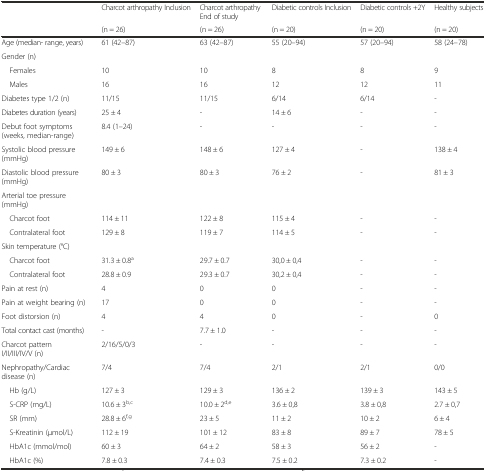
<table><thead><tr><td rowspan="2"></td><td><b>Charcot arthropathy Inclusion</b></td><td><b>Charcot arthropathy End of study</b></td><td><b>Diabetic controls Inclusion</b></td><td><b>Diabetic controls +2Y</b></td><td><b>Healthy subjects</b></td></tr><tr><td><b>(n = 26)</b></td><td><b>(n = 26)</b></td><td><b>(n = 20)</b></td><td><b>(n = 20)</b></td><td><b>(n = 20)</b></td></tr></thead><tbody><tr><td>Age (median- range, years)</td><td>61 (42–87)</td><td>63 (42–87)</td><td>55 (20–94)</td><td>57 (20–94)</td><td>58 (24–78)</td></tr><tr><td>Gender (n)</td><td></td><td></td><td></td><td></td><td></td></tr><tr><td> Females</td><td>10</td><td>10</td><td>8</td><td>8</td><td>9</td></tr><tr><td> Males</td><td>16</td><td>16</td><td>12</td><td>12</td><td>11</td></tr><tr><td>Diabetes type 1/2 (n)</td><td>11/15</td><td>11/15</td><td>6/14</td><td>6/14</td><td>-</td></tr><tr><td>Diabetes duration (years)</td><td>25 ± 4</td><td>-</td><td>14 ± 6</td><td>-</td><td>-</td></tr><tr><td>Debut foot symptoms (weeks, median-range)</td><td>8.4 (1–24)</td><td>-</td><td>-</td><td>-</td><td>-</td></tr><tr><td>Systolic blood pressure (mmHg)</td><td>149 ± 6</td><td>148 ± 6</td><td>127 ± 4</td><td>-</td><td>138 ± 4</td></tr><tr><td>Diastolic blood pressure (mmHg)</td><td>80 ± 3</td><td>80 ± 3</td><td>76 ± 2</td><td>-</td><td>81 ± 3</td></tr><tr><td>Arterial toe pressure (mmHg)</td><td></td><td></td><td></td><td></td><td></td></tr><tr><td> Charcot foot</td><td>114 ± 11</td><td>122 ± 8</td><td>115 ± 4</td><td>-</td><td>-</td></tr><tr><td> Contralateral foot</td><td>129 ± 8</td><td>119 ± 7</td><td>114 ± 5</td><td>-</td><td>-</td></tr><tr><td>Skin temperature (°C)</td><td></td><td></td><td></td><td></td><td></td></tr><tr><td> Charcot foot</td><td>31.3 ± 0.8<sup>a</sup></td><td>29.7 ± 0.7</td><td>30,0 ± 0,4</td><td>-</td><td>-</td></tr><tr><td> Contralateral foot</td><td>28.8 ± 0.9</td><td>29.3 ± 0.7</td><td>30,2 ± 0,4</td><td>-</td><td>-</td></tr><tr><td>Pain at rest (n)</td><td>4</td><td>0</td><td>0</td><td>-</td><td>-</td></tr><tr><td>Pain at weight bearing (n)</td><td>17</td><td>0</td><td>0</td><td>-</td><td>-</td></tr><tr><td>Foot distorsion (n)</td><td>4</td><td>4</td><td>0</td><td>-</td><td>0</td></tr><tr><td>Total contact cast (months)</td><td>-</td><td>7.7 ± 1.0</td><td>-</td><td>-</td><td>-</td></tr><tr><td>Charcot pattern I/II/III/IV/V (n)</td><td>2/16/5/0/3</td><td>-</td><td>-</td><td>-</td><td>-</td></tr><tr><td>Nephropathy/Cardiac disease (n)</td><td>7/4</td><td>7/4</td><td>2/1</td><td>2/1</td><td>0/0</td></tr><tr><td> Hb (g/L)</td><td>127 ± 3</td><td>129 ± 3</td><td>136 ± 2</td><td>139 ± 3</td><td>143 ± 5</td></tr><tr><td> S-CRP (mg/L)</td><td>10.6 ± 3<sup>b,c</sup></td><td>10.0 ± 2<sup>d,e</sup></td><td>3.6 ± 0,8</td><td>3.8 ± 0,8</td><td>2.7 ± 0,7</td></tr><tr><td> SR (mm)</td><td>28.8 ± 6<sup>f,g</sup></td><td>23 ± 5</td><td>11 ± 2</td><td>10 ± 2</td><td>6 ± 4</td></tr><tr><td> S-Kreatinin (μmol/L)</td><td>112 ± 19</td><td>101 ± 12</td><td>83 ± 8</td><td>89 ± 7</td><td>78 ± 5</td></tr><tr><td> HbA1c (mmol/mol)</td><td>60 ± 3</td><td>64 ± 2</td><td>58 ± 3</td><td>56 ± 2</td><td>-</td></tr><tr><td> HbA1c (%)</td><td>7.8 ± 0.3</td><td>7.4 ± 0.3</td><td>7.5 ± 0.2</td><td>7.3 ± 0.2</td><td>-</td></tr></tbody></table>